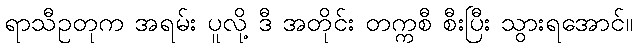
ရာသီဥတုက အရမ်း ပူလို့ ဒီ အတိုင်း တက္ကစီ စီးပြီး သွားရအောင်။